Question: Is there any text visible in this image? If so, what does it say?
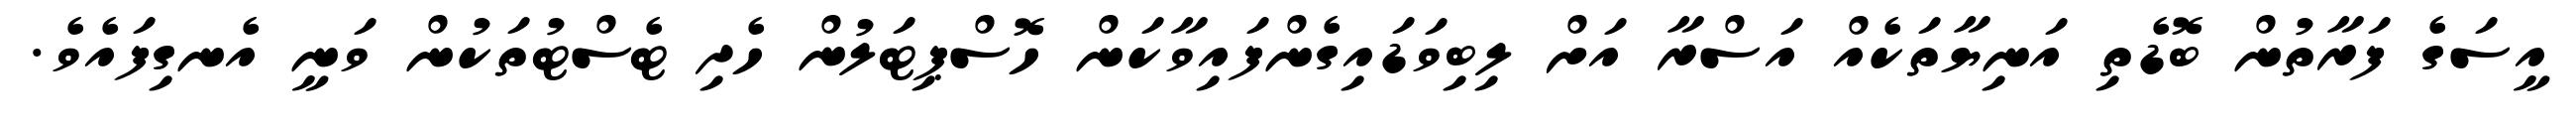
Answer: އީސަގެ ފަރާތުން ބޮޑެތި އަނިޔާތަކެއް އަސްރާ އަށް ލިބިވަޑައިގެންފައިވާކަން ހޮސްޕިޓަލުން ހެދި ޓެސްޓުތަކުން ވަނީ އެނގިފައެވެ.